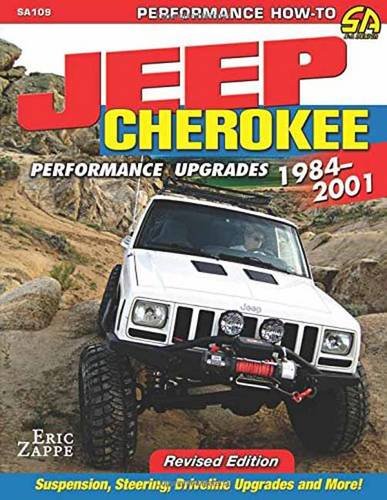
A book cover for Jeep Cherokee Performance Upgrades: 1984-2001 - Revised Edition (Performance How-to); Eric Zappe; Engineering & Transportation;